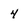
Character: 4